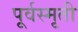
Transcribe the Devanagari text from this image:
पूर्वस्मृती